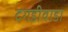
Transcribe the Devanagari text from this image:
दगडीवाडा